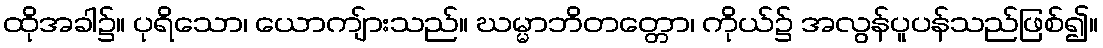
ထိုအခါ၌။ ပုရိသော၊ ယောကျ်ားသည်။ ဃမ္မာဘိတတ္တော၊ ကိုယ်၌ အလွန်ပူပန်သည်ဖြစ်၍။